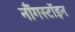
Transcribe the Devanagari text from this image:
नॉँगस्टॉइन